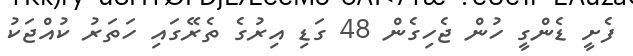
ފެށީ ޑެންގީ ހުން ޖެހިގެން 48 ގަޑި އިރުގެ ތެރޭގައި ހަތަރު ކުއްޖަކު